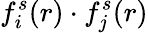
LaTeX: f_{i}^{s}(r)\cdot f_{j}^{s}(r)